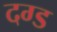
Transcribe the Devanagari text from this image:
दग्ड